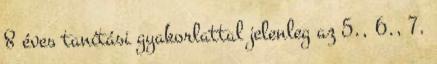
8 éves tanítási gyakorlattal jelenleg az 5., 6., 7.